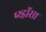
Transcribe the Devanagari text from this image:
प्य्ड्रॉसा